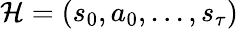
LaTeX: \mathcal{H}=(s_{0},a_{0},...,s_{\tau})